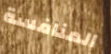
المنافسة